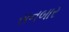
સનબાર